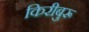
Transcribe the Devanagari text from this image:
किरीबुरू